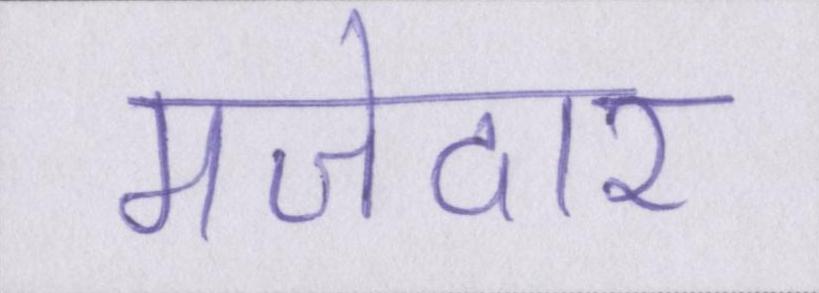
मजेदार